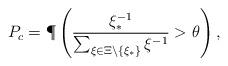
LaTeX: \begin{align*}P_c = \P\left(\frac{\xi_\ast^{-1}}{\sum_{\xi\in\Xi\backslash\{\xi_\ast\}}\xi^{-1}}>\theta \right),\end{align*}